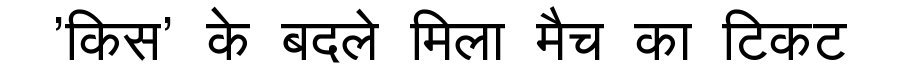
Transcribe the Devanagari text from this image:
'किस' के बदले मिला मैच का टिकट